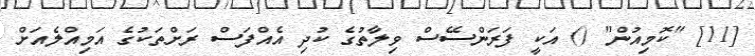
[11] "ކޮމިއުން" () އަކީ ފަރަންސޭސް ވިލާތުގެ ކުދި އެއްފަސް ރަށްތަކުގެ އަމިއްލެއަށް